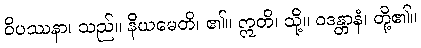
ဝိပဿနာ၊ သည်။ နိယမေတိ၊ ၏။ ဣတိ၊ သို့။ ဝဒန္တာနံ၊ တို့၏။